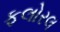
ફલોરલ